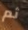
ثم